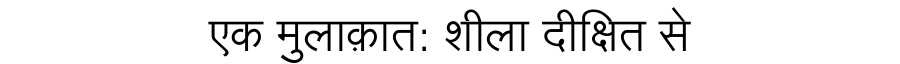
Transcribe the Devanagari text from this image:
एक मुलाक़ात: शीला दीक्षित से